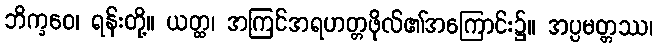
ဘိက္ခဝေ၊ ရန်းတို့။ ယတ္ထ၊ အကြင်အရဟတ္တဖိုလ်၏အကြောင်း၌။ အပ္ပမတ္တဿ၊